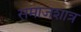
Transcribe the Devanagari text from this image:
समाजशात्र